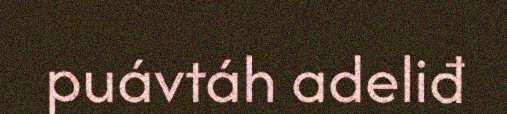
puávtáh adeliđ